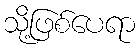
သို့ဖြစ်ပေရာ